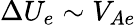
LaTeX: \Delta U_{e}\sim V_{Ae}